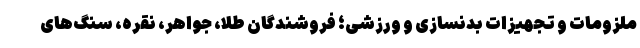
ملزومات و تجهیزات بدنسازی و ورزشی؛ فروشندگان طلا، جواهر، نقره، سنگ‌های